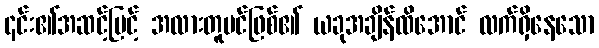
၎င်း၏အဆင့်မြင့် အလားတူပင်ဖြစ်၏ ယခုအချိန်ထိအောင် လက်ရှိနေသော